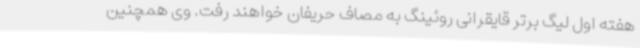
هفته اول لیگ برتر قایقرانی روئینگ به مصاف حریفان خواهند رفت. وی همچنین